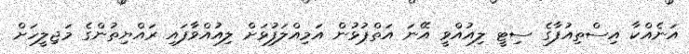
އަނެއްކާ އިސްތިއުފާގެ ސިޓީ ލިއުއްވީ އޭނަ އަތްޕުޅުން އަމިއްލަފުޅަށް ލިއުއްވާފައި ރައްޔިތުންގެ މަޖިލީހަށް